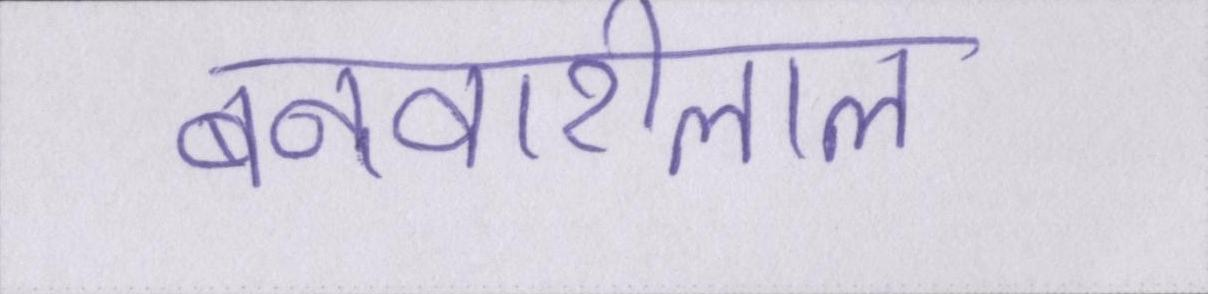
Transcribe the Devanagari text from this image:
बनवारीलाल